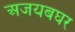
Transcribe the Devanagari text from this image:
अजयबघर